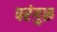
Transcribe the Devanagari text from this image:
परंगुरू